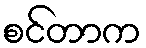
စင်တာက